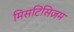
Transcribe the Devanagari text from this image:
मिसटिसिज़म